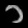
Digit: ၁